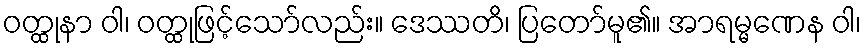
ဝတ္ထုနာ ဝါ၊ ဝတ္ထုဖြင့်သော်လည်း။ ဒေဿတိ၊ ပြတော်မူ၏။ အာရမ္မဏေန ဝါ၊